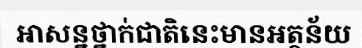
អាសន្នថ្នាក់ជាតិនេះមានអត្ថន័យ